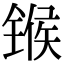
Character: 𬭤